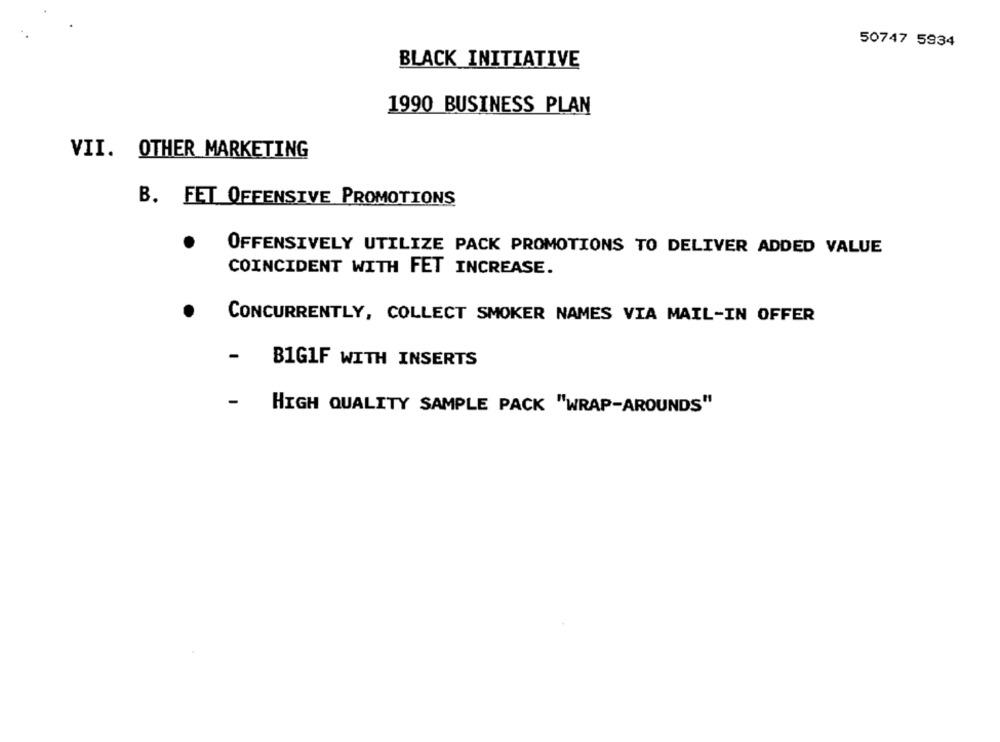
50747 5934
BLACK INITIATIVE
1990 BUSINESS PLAN
VII. OTHER MARKETING
B. FET OFFENSIVE PROMOTIONS
OFFENSIVELY UTILIZE PACK PROMOTIONS TO DELIVER ADDED VALUE
COINCIDENT WITH FET INCREASE.
CONCURRENTLY, COLLECT SMOKER NAMES VIA MAIL-IN OFFER
B1GIF WITH INSERTS
HIGH QUALITY SAMPLE PACK "WRAP-AROUNDS"